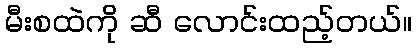
မီးစထဲကို ဆီ လောင်းထည့်တယ်။